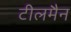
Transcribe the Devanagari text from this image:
टीलमैन